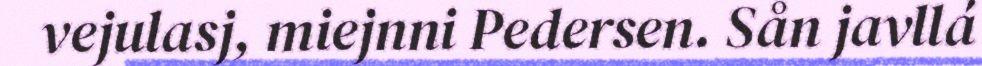
vejulasj, miejnni Pedersen. Sån javllá